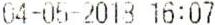
04-05-2018 16:07